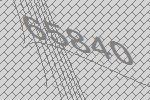
65840